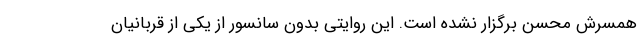
همسرش محسن برگزار نشده است. این روایتی بدون سانسور از یکی از قربانیان